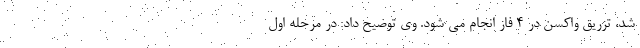
شد، تزریق واکسن در ۴ فاز انجام می شود. وی توضیح داد: در مرحله اول